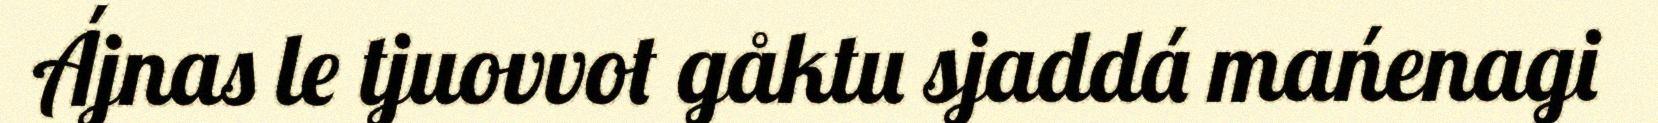
Ájnas le tjuovvot gåktu sjaddá mańenagi